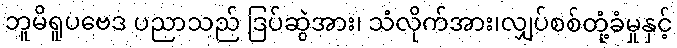
ဘူမိရူပဗေဒ ပညာသည် ဒြပ်ဆွဲအား၊ သံလိုက်အား၊လျှပ်စစ်တုံ့ခံမှုနှင့်